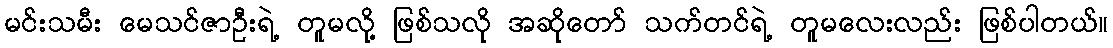
မင်းသမီး မေသင်ဇာဦးရဲ့ တူမလို့ ဖြစ်သလို အဆိုတော် သက်တင်ရဲ့ တူမလေးလည်း ဖြစ်ပါတယ်။